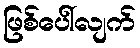
ဖြစ်ပေါ်လျက်